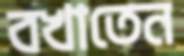
বখাতেন